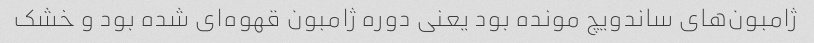
ژامبون‌های ساندویچ مونده بود یعنی دوره ژامبون قهوه‌ای شده بود و خشک